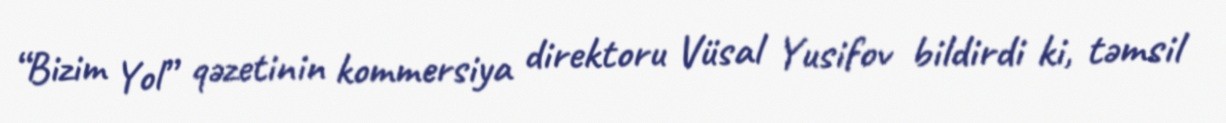
“Bizim Yol” qəzetinin kommersiya direktoru Vüsal Yusifov bildirdi ki, təmsil